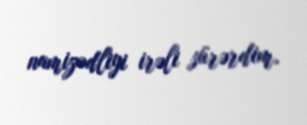
namizədliyi irəli sürərdim.